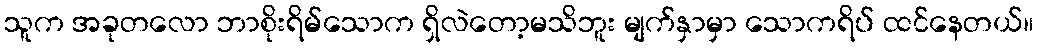
သူက အခုတလော ဘာစိုးရိမ်သောက ရှိလဲတော့မသိဘူး မျက်နှာမှာ သောကရိပ် ထင်နေတယ်။